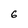
Character: 6